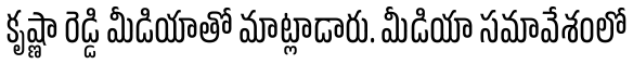
కృష్ణా రెడ్డి మీడియాతో మాట్లాడారు. మీడియా సమావేశంలో